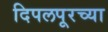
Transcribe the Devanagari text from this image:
दिपलपूरच्या